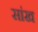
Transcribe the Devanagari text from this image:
सांख